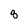
Character: 8